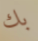
بك